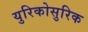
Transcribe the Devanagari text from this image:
युरिकोसुरिक